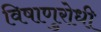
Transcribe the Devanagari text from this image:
विषाणुरोधी